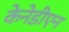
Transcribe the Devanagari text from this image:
केनेडीएन